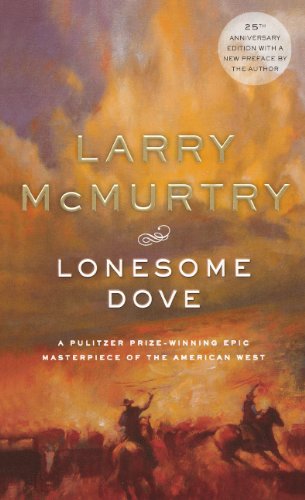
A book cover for Lonesome Dove; Larry McMurtry; Teen & Young Adult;